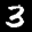
Label: 3